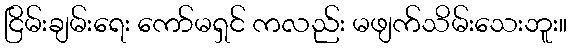
ငြိမ်းချမ်းရေး ကော်မရှင် ကလည်း မဖျက်သိမ်းသေးဘူး။